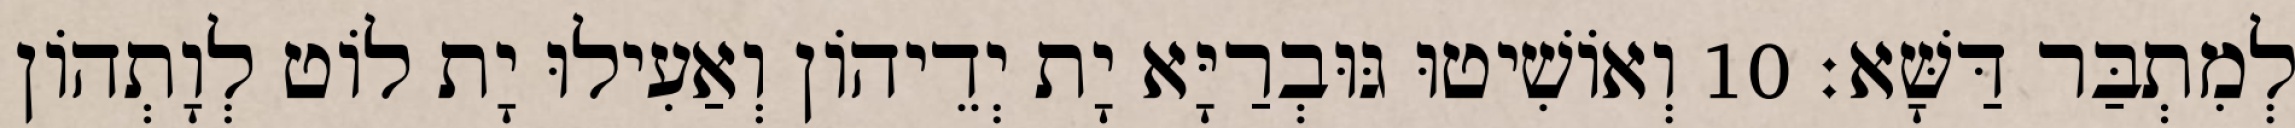
לְמִתְבַּר דַּשָּׁא׃ 10 וְאוֹשִׁיטוּ גּוּבְרַיָּא יָת יְדֵיהוֹן וְאַעִילוּ יָת לוֹט לְוָתְהוֹן